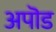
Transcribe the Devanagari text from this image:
अपॊड